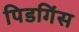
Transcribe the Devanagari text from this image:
पिडगिंस